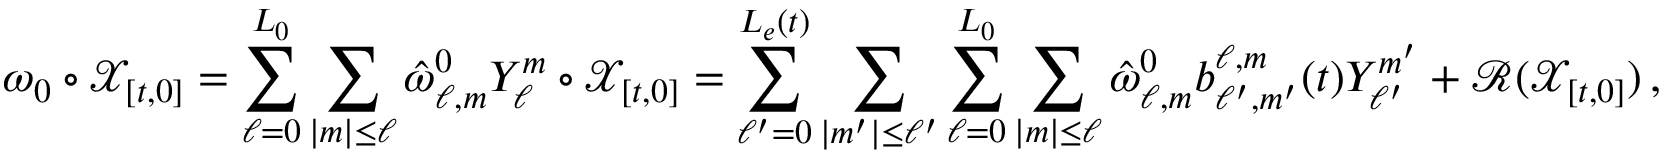
\omega _ { 0 } \circ \mathcal { X } _ { [ t , 0 ] } = \sum _ { \ell = 0 } ^ { L _ { 0 } } \sum _ { | m | \leq \ell } \hat { \omega } _ { \ell , m } ^ { 0 } Y _ { \ell } ^ { m } \circ \mathcal { X } _ { [ t , 0 ] } = \sum _ { \ell ^ { \prime } = 0 } ^ { L _ { e } ( t ) } \sum _ { | m ^ { \prime } | \leq \ell ^ { \prime } } \sum _ { \ell = 0 } ^ { L _ { 0 } } \sum _ { | m | \leq \ell } \hat { \omega } _ { \ell , m } ^ { 0 } b _ { \ell ^ { \prime } , m ^ { \prime } } ^ { \ell , m } ( t ) Y _ { \ell ^ { \prime } } ^ { m ^ { \prime } } + \mathcal { R } ( \mathcal { X } _ { [ t , 0 ] } ) \, ,